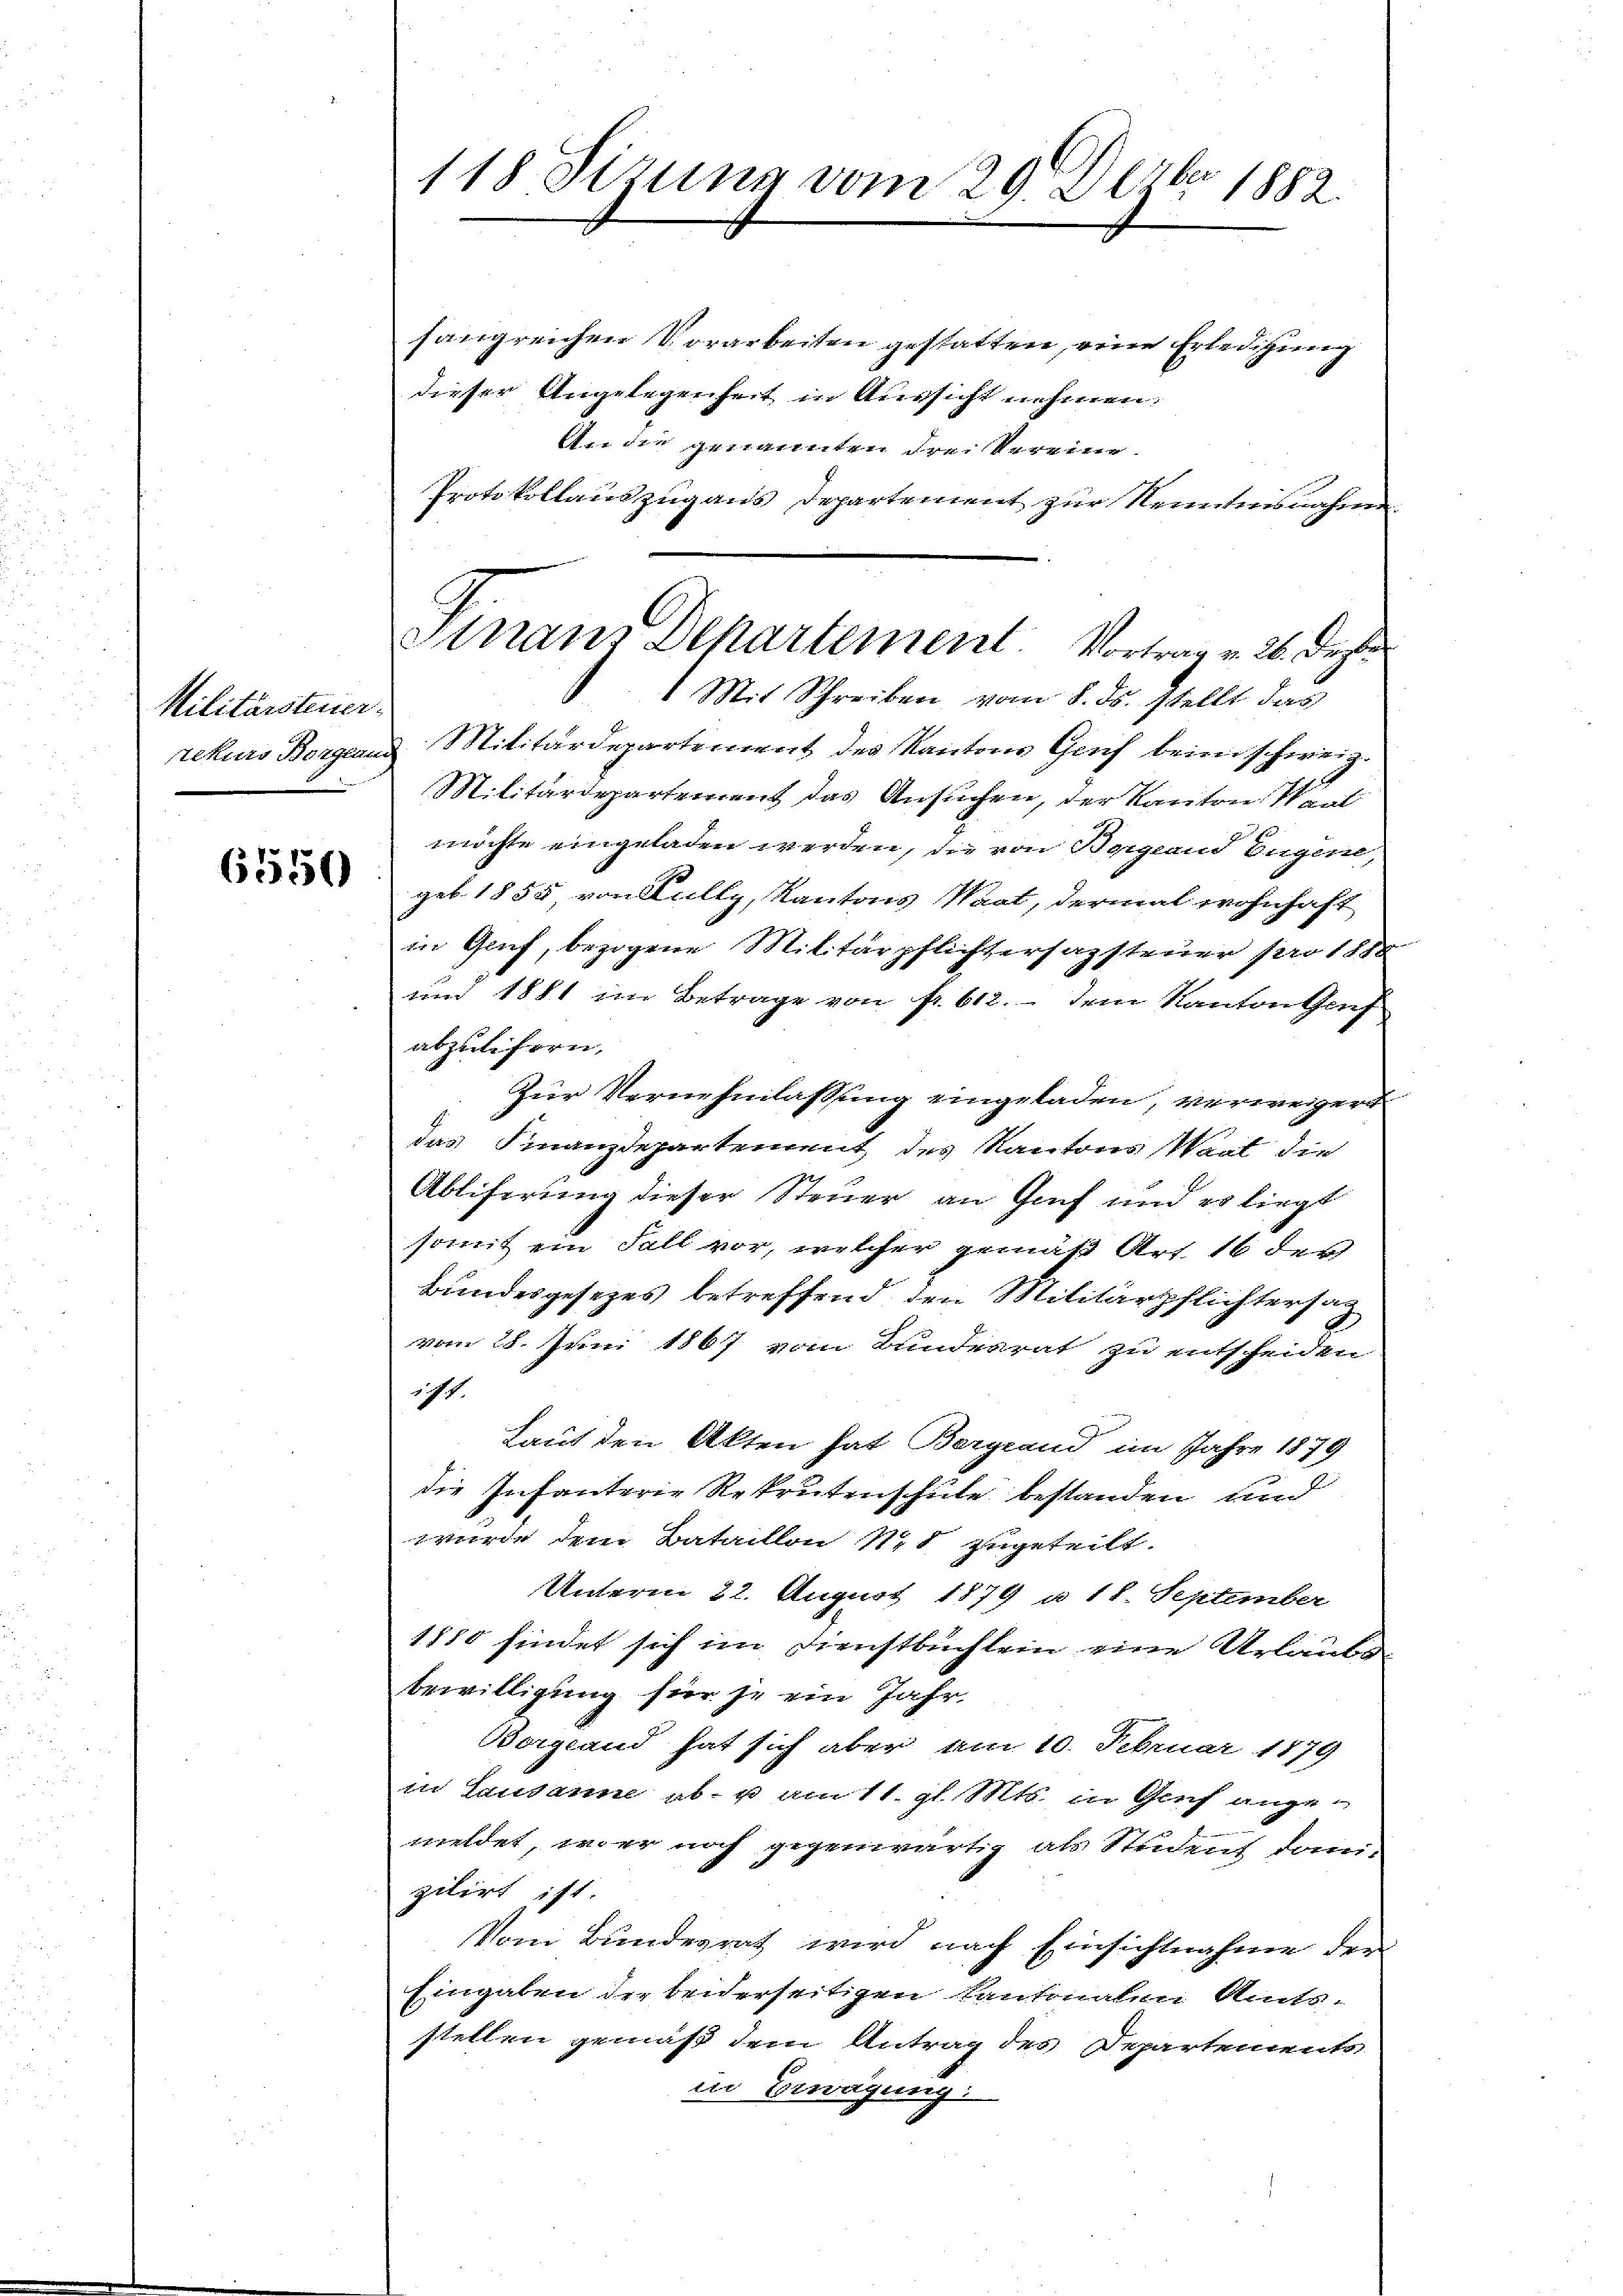
Militärsteuer¬
Rekurs Bergeam

6550

118. Sirung vom 29. Dezbr 1882.

Anans Departement. Vortrag v. 26. Deste
1 Mit Schreiben vom 8. Js. stellt das

fangreichen Vorarbeiten gestatten, eine Erledigung
dieser Angelegenheit in Aussicht nehmen:
An die genannten Frei Vereine
Protokollauszug aus Departement zur Kenntnisnahme
Militärdepartement des Kantons Genf beim schweig
Militärdepartement das Ansuchen, der Kanton Staat
möchte eingeladen werden, die von Bergeans Eugen,
geb. 1855 von Kully, Kantons Staat, dermal wohnhaft
in Genf, bezogene Militärpflichtersazsteuer pro 188.
und 1881 im Betrage von fr. 612. dem Kanton Genf
abzuliefern.
Zur Vernehmlassung eingeladen, verweigert
das Finanzdepartement des Kantons Saat die
Abliferung dieser Steuer an Genf und es liegt
somit ein Fall vor, welcher gemäß Art. 16 des
Bundesgesezes betreffend den Militärpflichtersag
vom 28. Juni 1867 vom Bundesrat zu entscheiden
571.
Laut den Akten hat Bergrand im Jahre 1879
die Infanterie Rekrutenschule bestanden und
wurde dem Bataillon Nid zugeteilt.
Unterm 22. August 1879 a. 18. September
1850 findet sich im Dienstbuchlein eine Urlaubs
bewilligung für je ein Jahr.
Bogland hat sich aber am 10. Februar 1879
in Lausanne ab- u. am 11. gl. Mts. in Graf angemeldet, wier noch gegenwärtig als Student domi-
zilirt ist.
Vom Bundesrat wird nach Einsichtnahme der
Eingaben der beiderseitigen Cantonalen Amts-
stellen gemäß dem Antrag des Departements
in Erwägung: